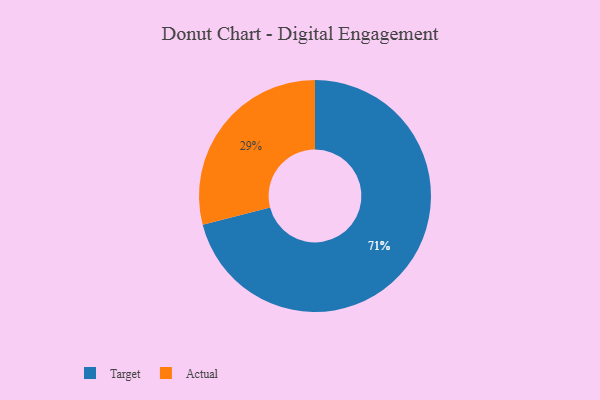
{"axis": {"x": "Category", "y": "Percentage"}, "legend": ["Actual", "Target"], "data": [{"x": "Target", "y": 71, "type": "Target"}, {"x": "Actual", "y": 29, "type": "Actual"}]}